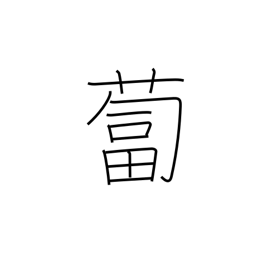
Meaning: daikon